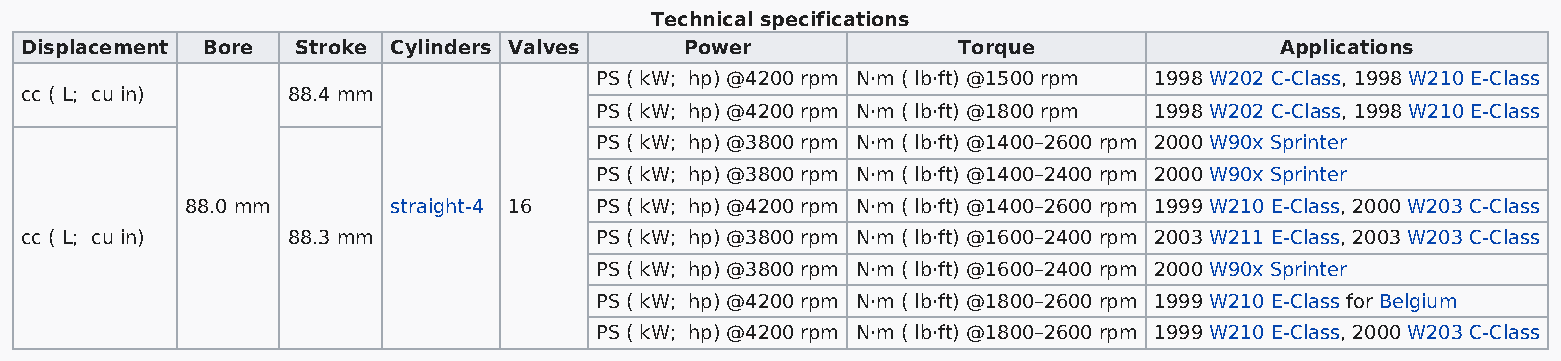
Technical specifications
 Displacement Bore  Stroke Cylinders Valves  Power             Torque                Applications
 PS ( kW; hp) @4200 rpm N·m ( lb·ft) @1500 rpm 1998 W202 C-Class, 1998 W210 E-Class
 cc ( L; cu in)    88.4 mm
 PS ( kW; hp) @4200 rpm N·m ( lb·ft) @1800 rpm 1998 W202 C-Class, 1998 W210 E-Class
 PS ( kW; hp) @3800 rpm N·m ( lb·ft) @1400–2600 rpm 2000 W90x Sprinter
 PS ( kW; hp) @3800 rpm N·m ( lb·ft) @1400–2400 rpm 2000 W90x Sprinter
 88.0 mm       straight-4 16 PS ( kW; hp) @4200 rpm N·m ( lb·ft) @1400–2600 rpm 1999 W210 E-Class, 2000 W203 C-Class
 cc ( L; cu in)    88.3 mm             PS ( kW; hp) @3800 rpm N·m ( lb·ft) @1600–2400 rpm 2003 W211 E-Class, 2003 W203 C-Class
 PS ( kW; hp) @3800 rpm N·m ( lb·ft) @1600–2400 rpm 2000 W90x Sprinter
 PS ( kW; hp) @4200 rpm N·m ( lb·ft) @1800–2600 rpm 1999 W210 E-Class for Belgium
 PS ( kW; hp) @4200 rpm N·m ( lb·ft) @1800–2600 rpm 1999 W210 E-Class, 2000 W203 C-Class